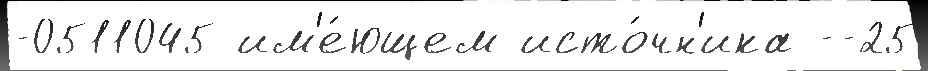
-0511045 им'е́ющем исто́чн'ика --25